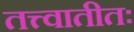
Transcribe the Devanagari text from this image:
तत्त्वातीतः